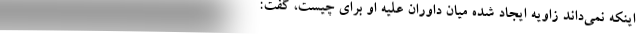
اینکه نمی‌داند زاویه ایجاد شده میان داوران علیه او برای چیست، گفت: